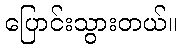
ပြောင်းသွားတယ်။